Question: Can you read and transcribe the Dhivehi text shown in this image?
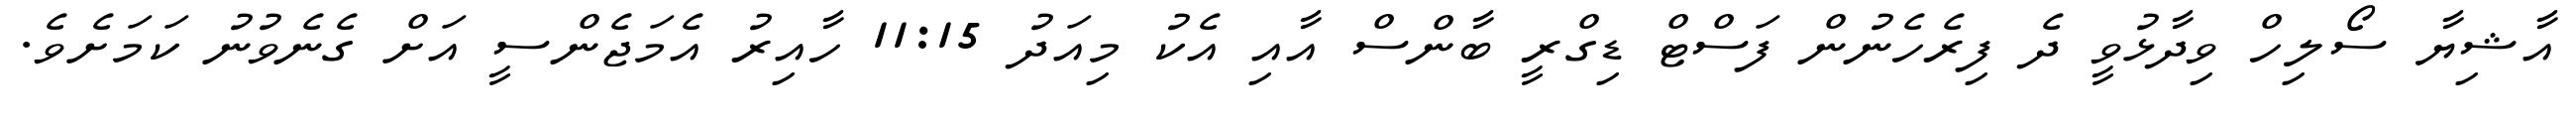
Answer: އާޝިޔާ ސޯލިހް ވިދާޅުވީ ދެ ފިރެހެނުން ފަސްޓް ޑިގްރީ ބާންސް އާއި އެކު މިއަދު 11:15 ހާއިރު އެމަޖެންސީ އަށް ގެނެވުނު ކަމަށެވެ.